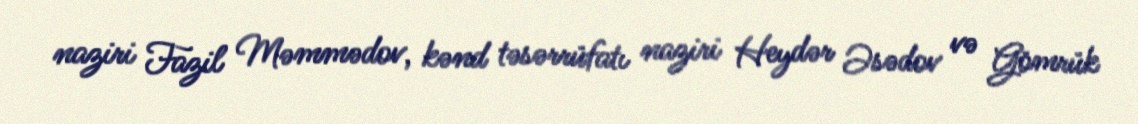
naziri Fazil Məmmədov, kənd təsərrüfatı naziri Heydər Əsədov və Gömrük